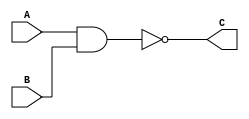
module NAND_G(A,B,C);

input A,B;
output C;
assign C = (~(A&B));


endmodule